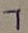
Text: 1